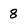
Character: 8